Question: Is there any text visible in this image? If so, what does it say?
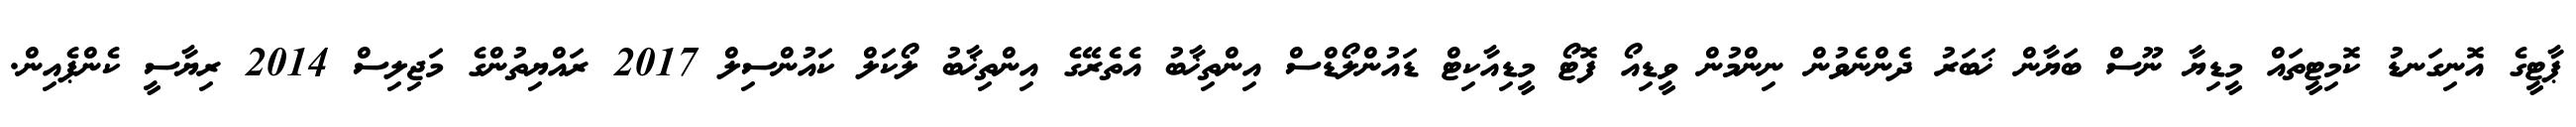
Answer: ޕާޓީގެ އޮނިގަނޑު ކޮމިޓީތައް މީޑިޔާ ނޫސް ބަޔާން ޚަބަރު ދެންނެވުން ނިންމުން ވީޑިއޯ ފޮޓޯ މީޑިއާކިޓް ޑައުންލޯޑްސް އިންތިޚާބު އެތެރޭގެ އިންތިޚާބު ލޯކަލް ކައުންސިލް 2017 ރައްޔިތުންގެ މަޖިލިސް 2014 ރިޔާސީ ކެންޕެއިން.